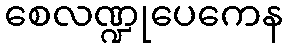
စေလဏ္ဍုပေကေန